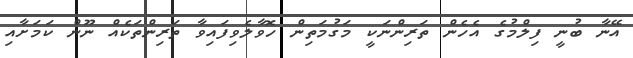
އޭނާ ބުނީ ފިލްމުގެ އެހެން ތަރިންނަކީ މަގުމަތިން ހޮވާލެވިފައިވާ ތަރިންތަކެއް ނޫން ކަމަށާއި